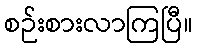
စဉ်းစားလာကြပြီ။